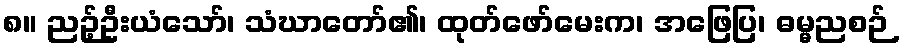
၈။ ညဉ့်ဦးယံသော်၊ သံဃာတော်၏၊ ထုတ်ဖော်မေးက၊ အဖြေပြ၊ ဓမ္မညစဉ်